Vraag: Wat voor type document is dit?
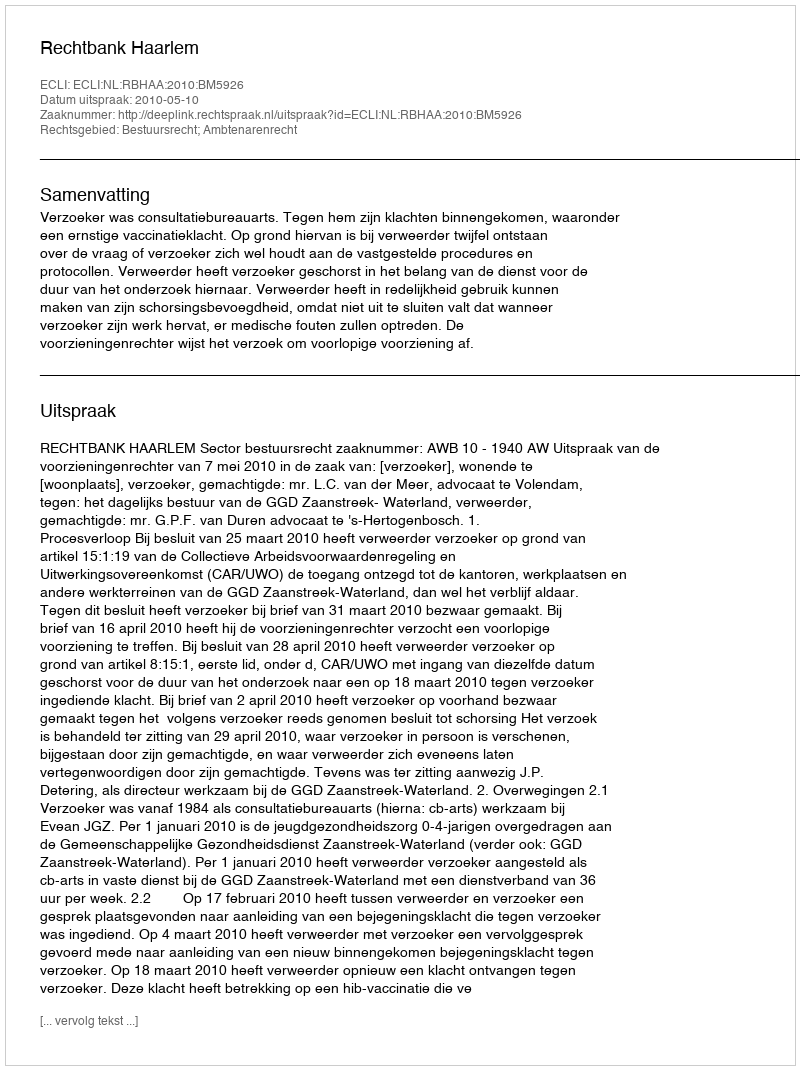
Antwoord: Uitspraak